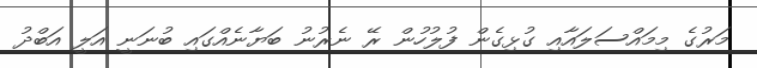
މަރުގެ މިމައްސަލައާއި ގުޅިގެން ފުލުހުން ރޭ ނެރުނު ބަޔާނެއްގައި ބުނަނީ އަލީ އަބްދު